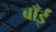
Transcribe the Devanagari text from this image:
बाँईं